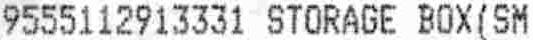
9555112913331 STORAGE BOX(SM